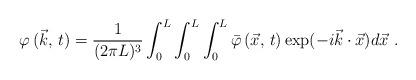
LaTeX: \begin{align*}\varphi \, (\vec{k},\, t) = \frac {1}{(2\pi L)^{3}}\int_{0}^{L} \int _{0}^{L}\int _{0}^{L} \bar{\varphi}\, (\vec{x},\, t) \exp (-i\vec{k} \cdot \vec{x})d\vec{x} \ .\end{align*}